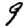
Digit: 9